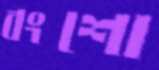
বংশো